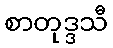
စာတုဒ္ဒသီ